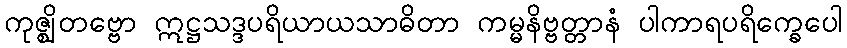
ကုဇ္ဈိတဗ္ဗော ဣဋ္ဌသဒ္ဒပရိယာယသာဓိတာ ကမ္မနိဗ္ဗတ္တာနံ ပါကာရပရိက္ခေပေါ